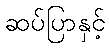
ဆပ်ပြာနှင့်